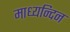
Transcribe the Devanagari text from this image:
माध्‍यन्‍दिन